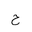
Letter: _ha